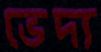
ভেদ্য